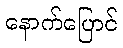
နောက်ပြောင်